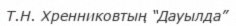
Т.Н. Хренниковтың “Дауылда”